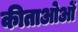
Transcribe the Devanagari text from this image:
कीताओओं